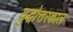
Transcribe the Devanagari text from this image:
युद्धोत्तरकाल